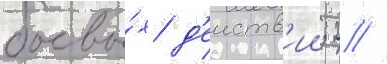
боевы́х д'еиств'ии; 2 //